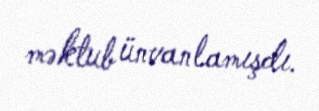
məktub ünvanlamışdı.